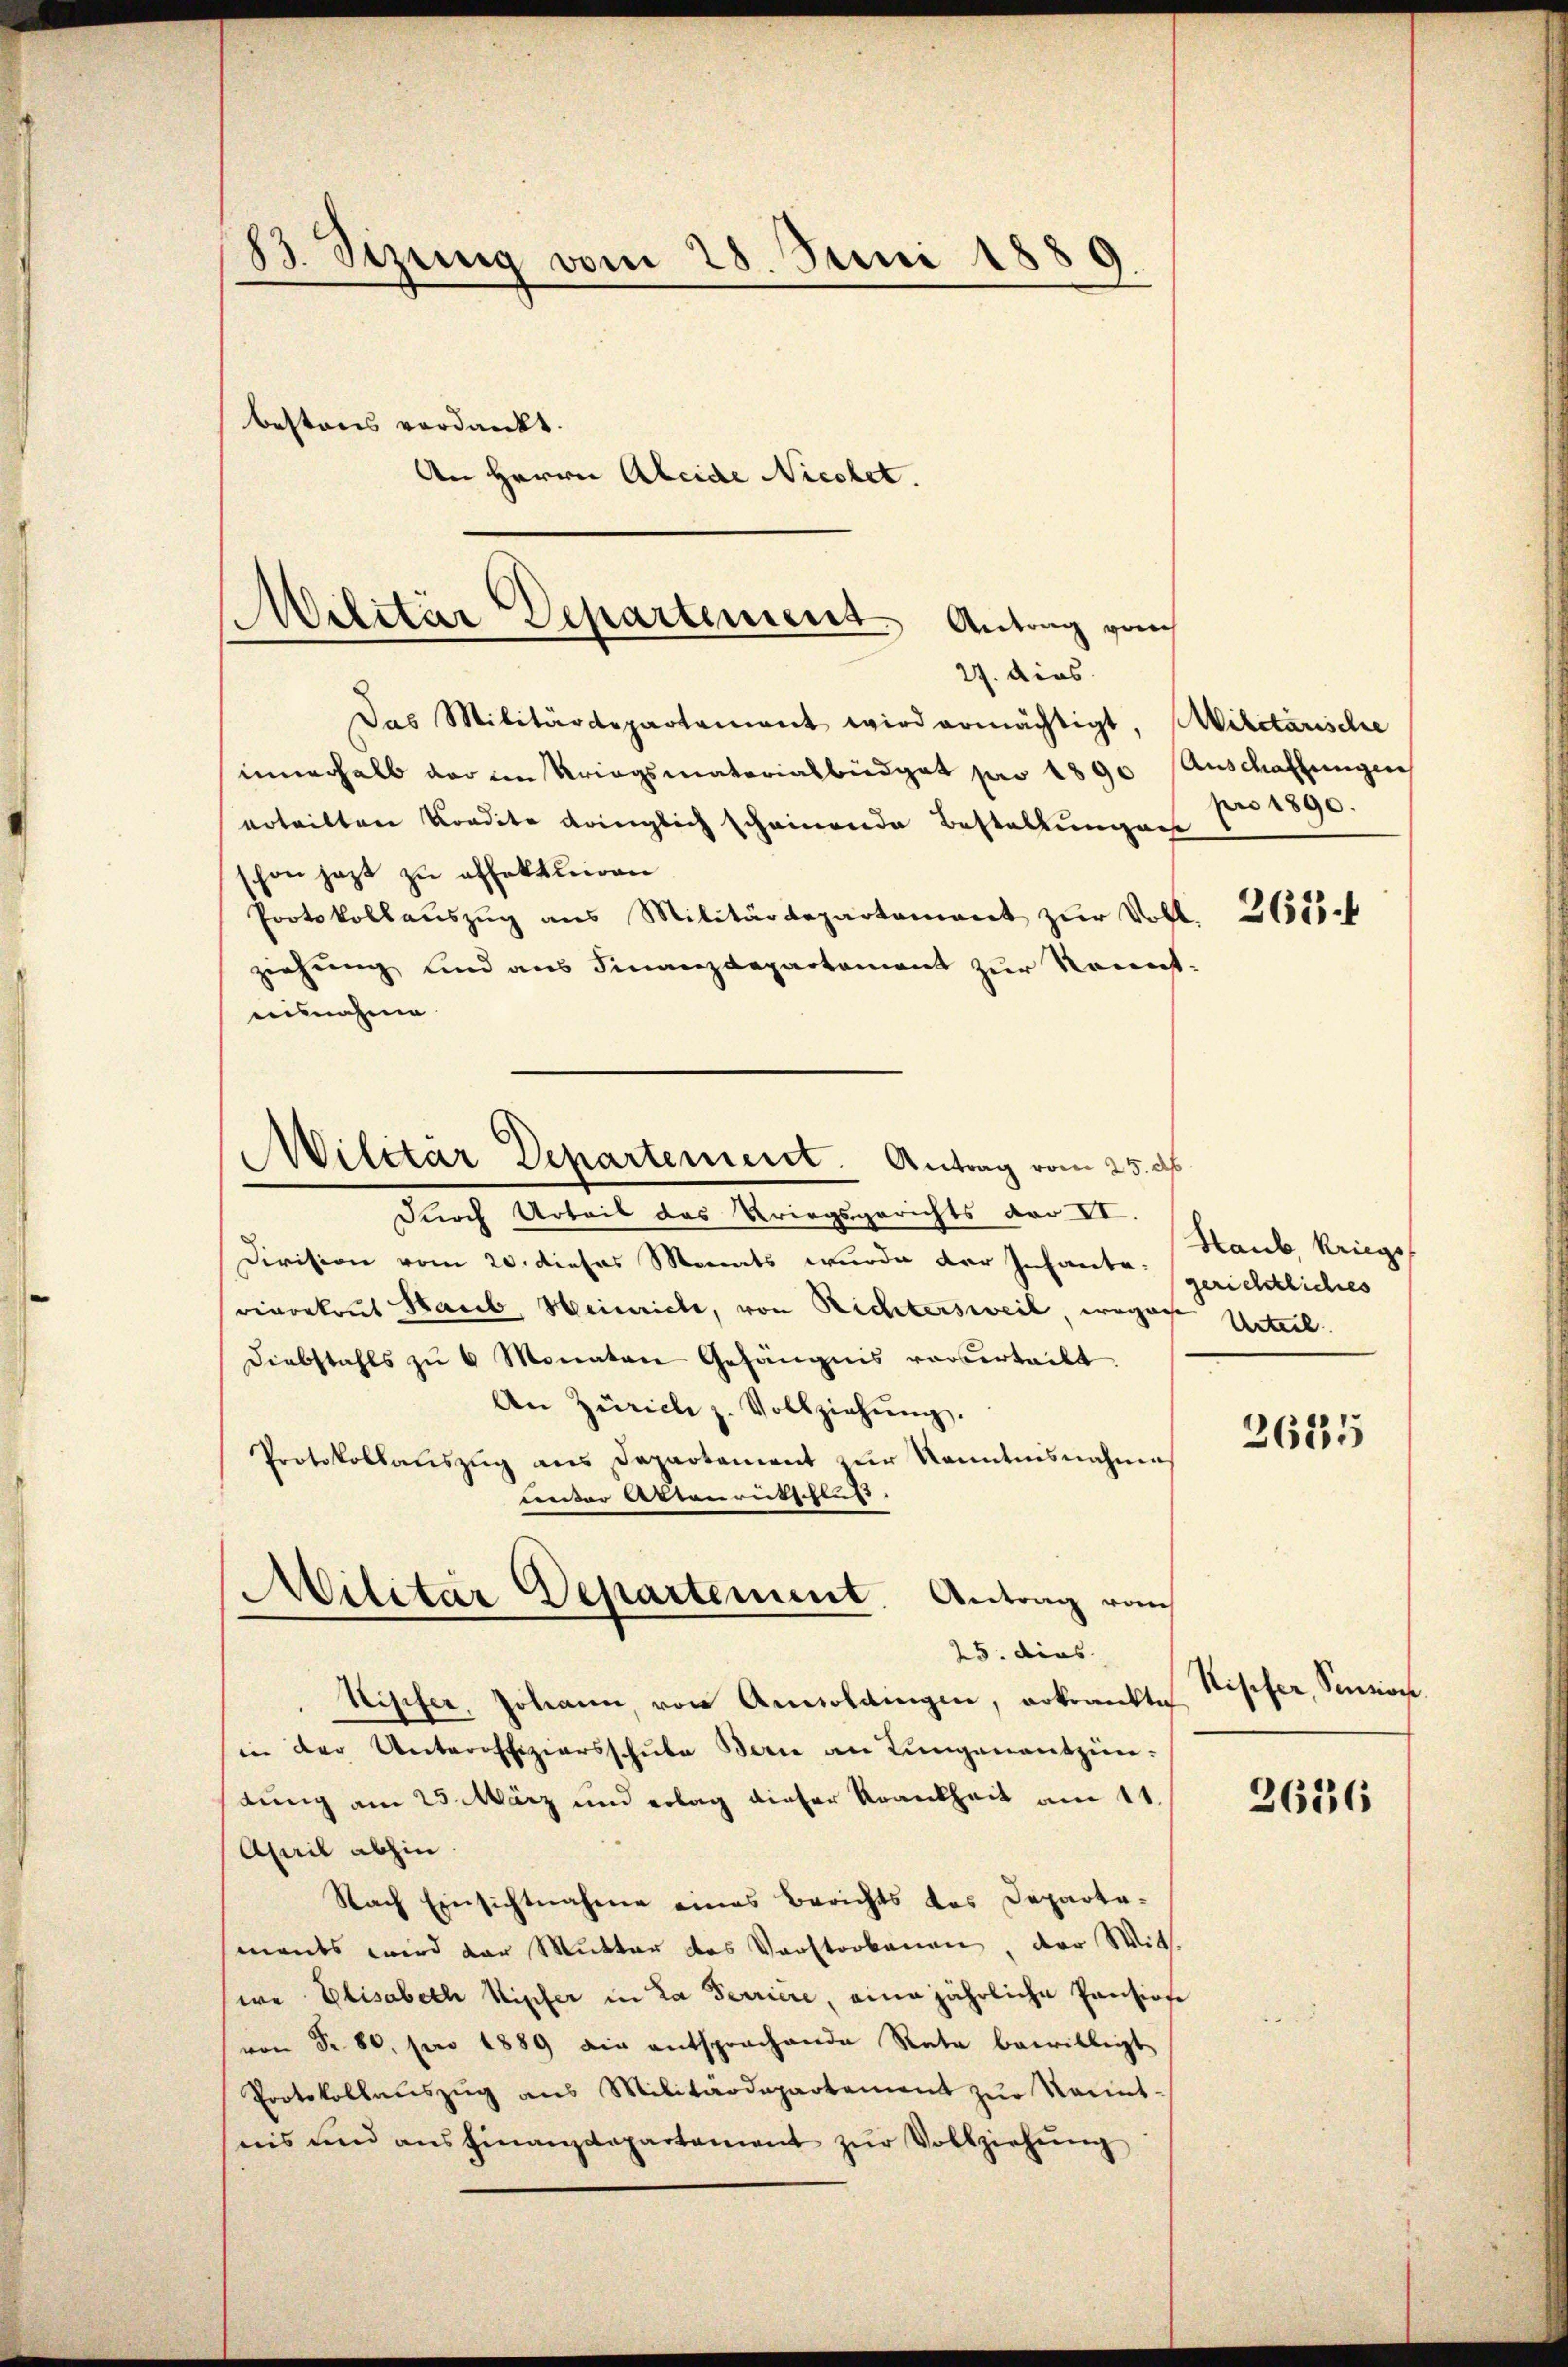
¬
B. Stzung vom 28. Juni 1889.
bestens verdankt.
An Herrn Abeide Nicchet.

Militär Departement Antrag gan
27. dies
Das Militärdepartement wird ermächtigt, Militarische

innerhalb der von Kriegsmaterialbüdget pro 1890 Anschaffungen
erteilten Kondite dringlich scheinende Bestellungen
schon jetzt zu offektion
Protokollauszug aus Militärdepartement zur Vollziehung und aus Finanzdepartement zur Kennteinnahme
durch Urteil das Kriegsgerichts der VI.
Division vom 20. dieses Monats wurde der Infante gerichtliches
venrekrut Haub, Heinriche, von Richtersweil, ergasse Unterl
Diebstahls zŭ 6 Monaten Gefängnis vorderteilt.
An Zürich z. Vollziehŭng.
Protokollauszug aus Departament zur Kenntnisnahmes
unter Aktenrutschluss. |
Militar Departement. Antrag vom
25. dies
Wisifer, Johann, von Anwoldingen, erkrankte
in der Unteroffiziersschule Bern an Lungenantzen.
dung am 25. März und erlag dieser Krankheit am 11.
April abhin.
Nach Einsichtnahme eines Berichts das Departa-
mants wird der Mutter das Vorstorbenen, der Wit
sere Elisabeth Kipfer in La Terriere, eine jährliche Pensione
von Nr. 80. pro 1889 die entsprachende Rate bewilligt
Protokollauszug aus Militärdepartement zŭr Kennt-
nis und ausfinanzdepartement zŭr Vollziehŭng

Militar Departement. Antrag vom 25. ds.

pro 1890.

263 f

Haub, kriegs

2625

Kipfer, Sention.
2636